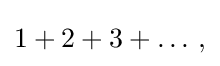
{\textstyle 1+2+3+\ldots \,,}